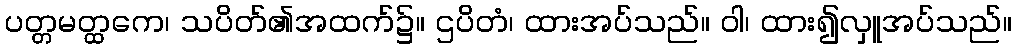
ပတ္တမတ္ထကေ၊ သပိတ်၏အထက်၌။ ဌပိတံ၊ ထားအပ်သည်။ ဝါ၊ ထား၍လှူအပ်သည်။